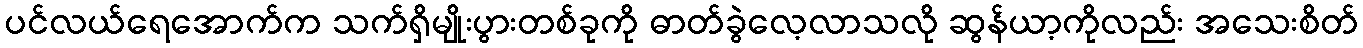
ပင်လယ်ရေအောက်က သက်ရှိမျိုးပွားတစ်ခုကို ဓာတ်ခွဲလေ့လာသလို ဆွန်ယာ့ကိုလည်း အသေးစိတ်